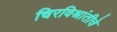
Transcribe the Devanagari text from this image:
चिरविश्रांतीचे